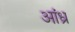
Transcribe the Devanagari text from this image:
अांध्र